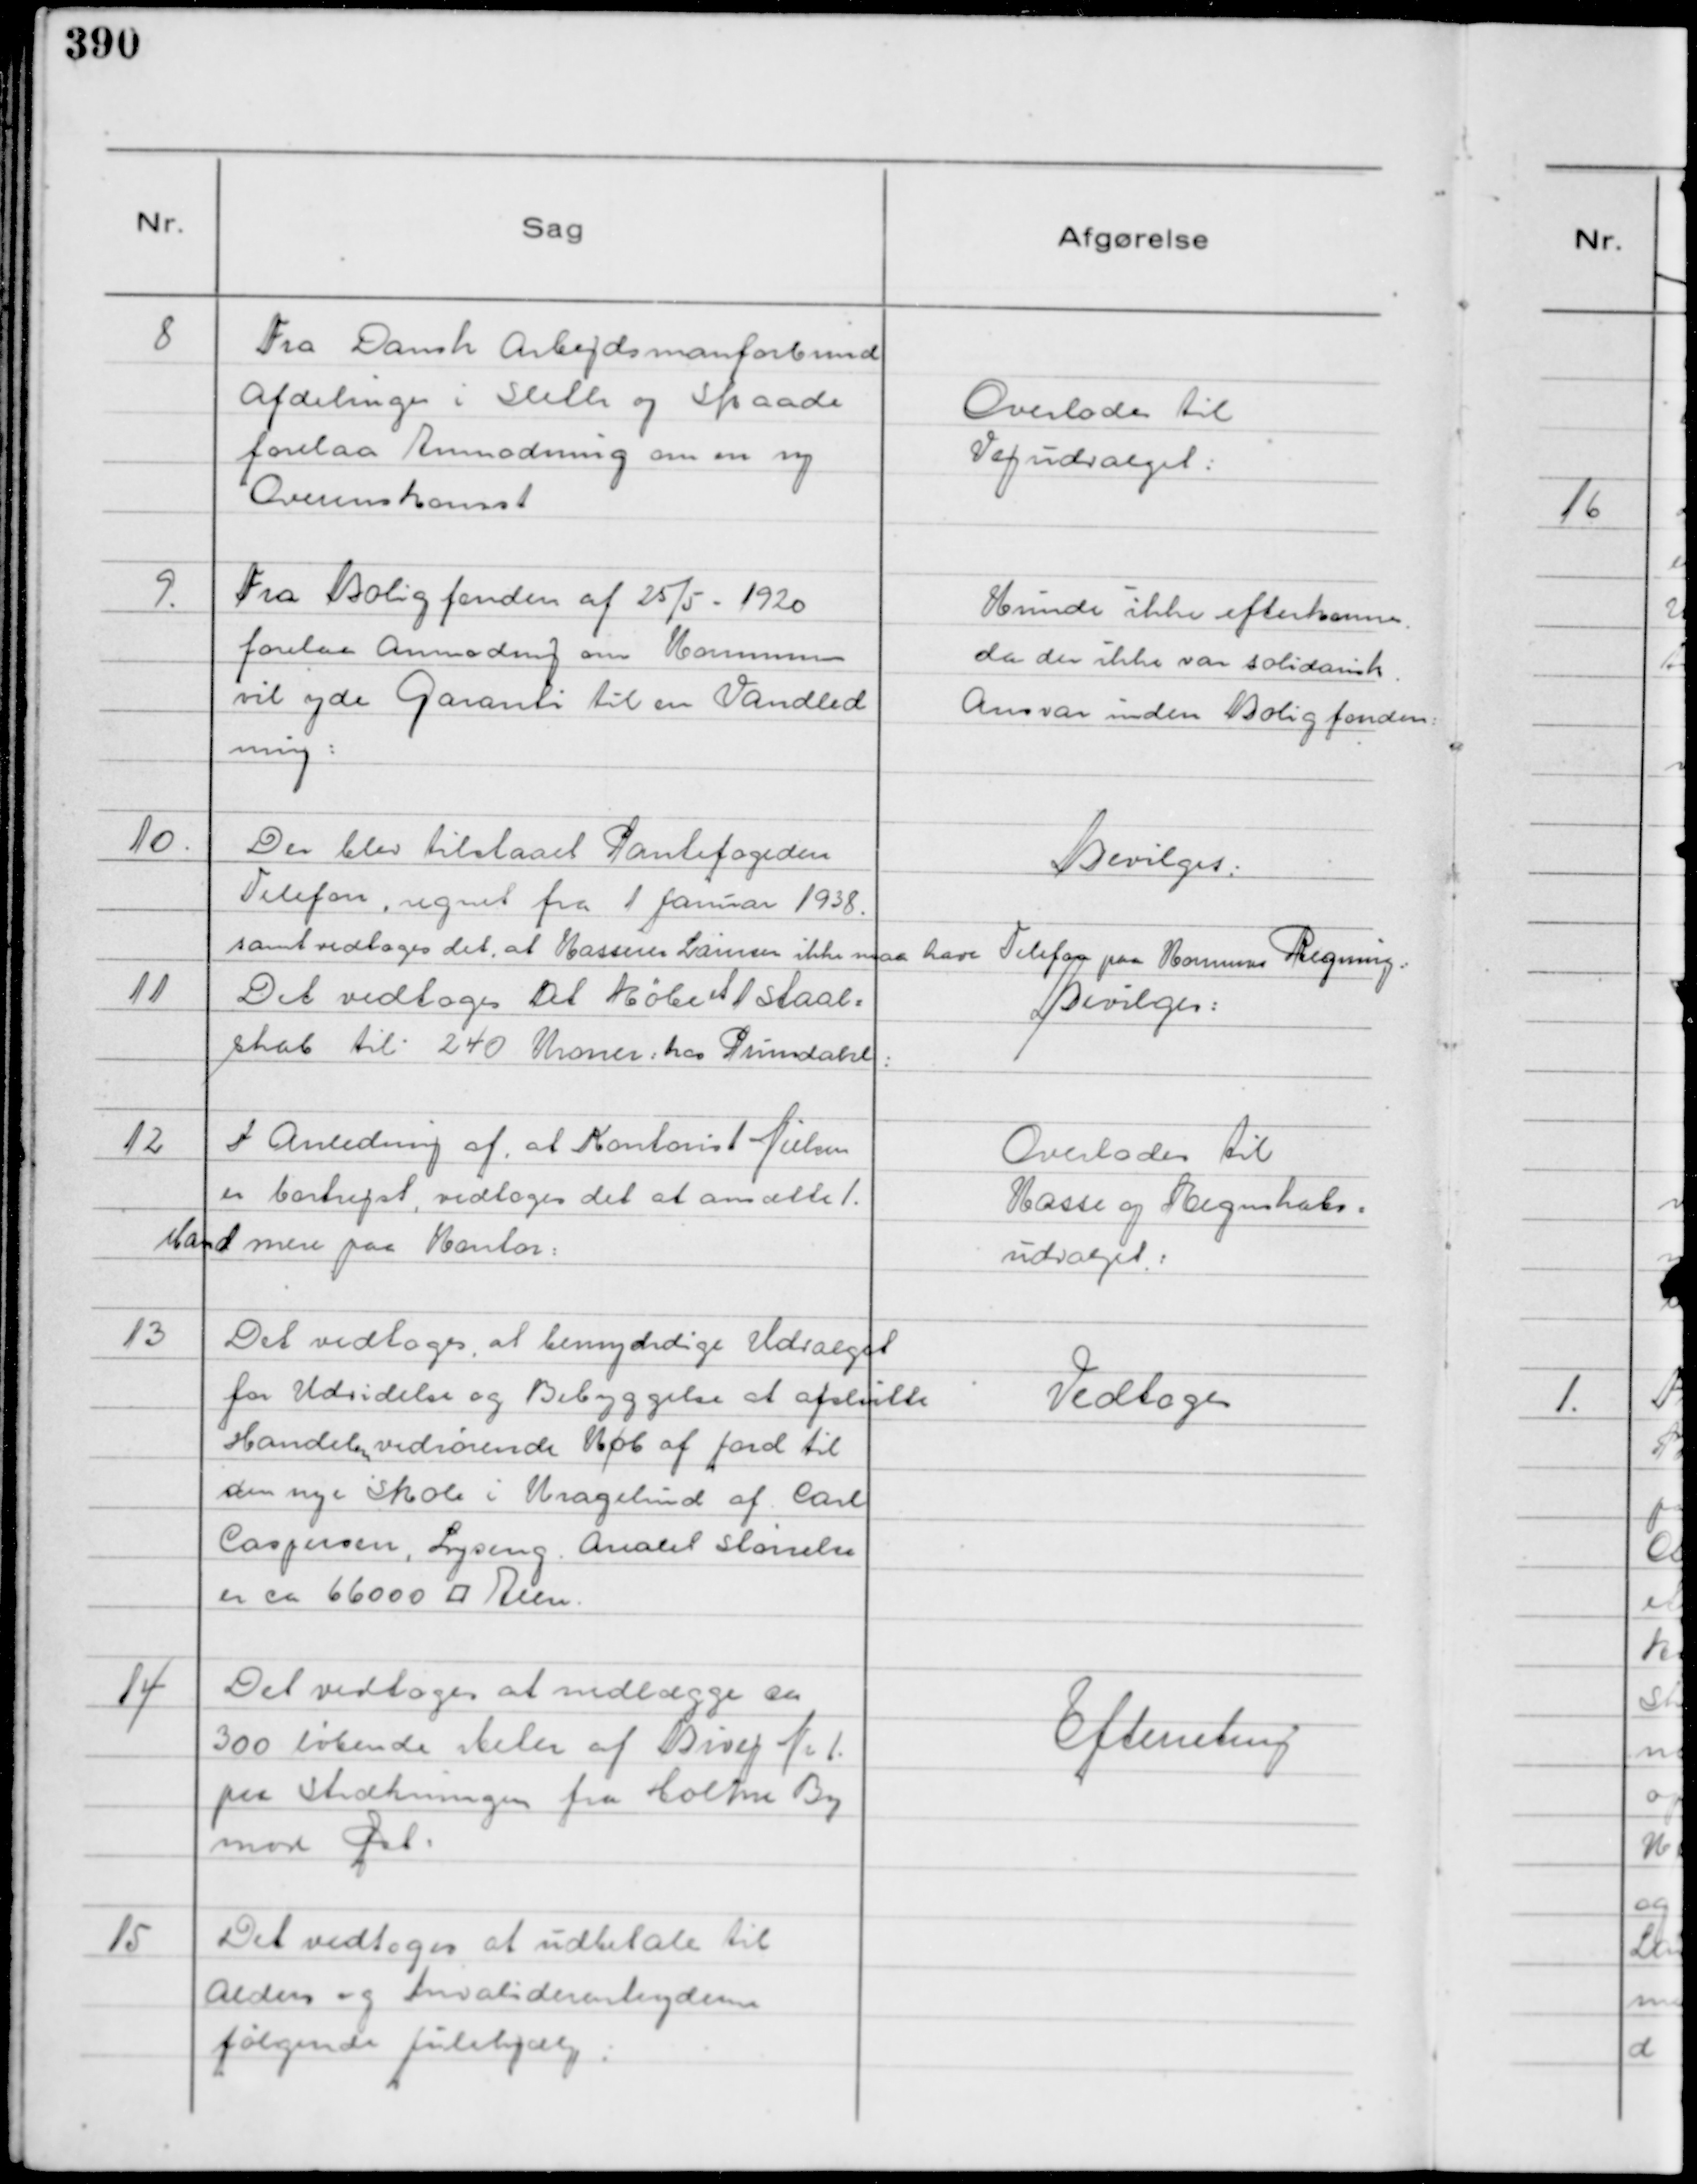
Transskription:
8
Fra Dansk Arbejdsmanforbund
Afdelinger i Sleth og Skaade
forelaa Anmodning om en ny
Overenskomst

Overlodes til
Vejudvalget:

9.
Fra Boligfonden af 25/5 - 1920
forelaa Anmodning om Kommunen
vil yde Garanti til en Vandled
ning:

Kunde ikke efterkonnes.
da der ikke var solidarisk
Ansvar unden Boligfonden

10.
Der blev tilstaaet Pantefogeden
Telefon, regnet fra 1 Januar 1938.
samt vedtoges det, at Kasserer Laursen ikke maa have
Telefon paa Komunes Regning:

Bevilges:

11
Det vedtoges at købe et 1 Staal=
skab til . 240 Kroner: hos Primdahl:

Bevilges:

12
I Anledning af, at Kontorist Nielsen
er bortrejst, vedtoges det at ansætte 1 .
Mand mere paa Kontor:

Vedtoges

13
Det vedtoges, at bemydrdige Udvalget
for Udvidelse og Bebyggelse at afslutte
Handelen vedrørende Køb af Jord til
den nye Skole i Kragelund af Carl
Caspersen, Lyseng. Arealet størrelse
er ca 66000 ⁥ Alen.

Efterretning

14
Det vedtoges at nedlægge en
300 løbende Meter af Bivej Nr 1.
paa Strækningen fra Holme By
med Øst:

15
Det vedtoges at udbetale til
Alders og Invaliderentenyderne
følgende Julehjælp:

Overlodes til
Kasse og Regnskabs=
udvalget.: